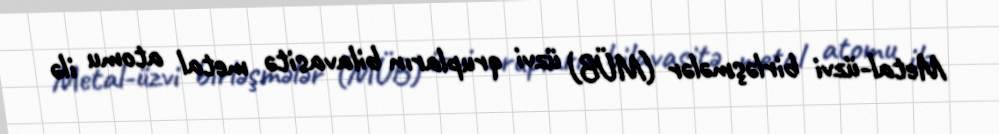
Metal-üzvi birləşmələr (MÜB) üzvi qrupların bilavasitə metal atomu ilə